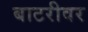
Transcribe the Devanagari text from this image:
बाटरीवर